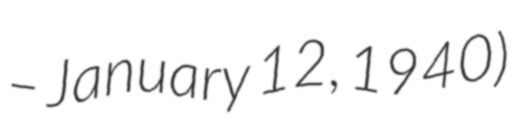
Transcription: – January 12, 1940)